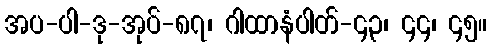
အပ-ပါ-ဒု-အုပ်-၈၇၊ ဂါထာနံပါတ်-၄၃၊ ၄၄၊ ၄၅။